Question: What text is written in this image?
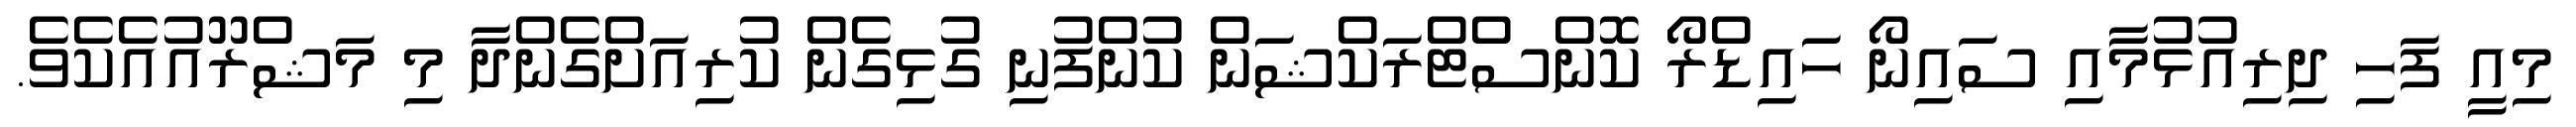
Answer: މިއީ ފަހި ދިރިއުޅުމާއި ސައިނޯ ހައިޑްރޯ ކޮންސްޓްރަކްޝަން ކުންފުނި ގުޅިގެން ކުރިއަށްގެންދާ މި މަޝްރޫއުއެކެވެ.